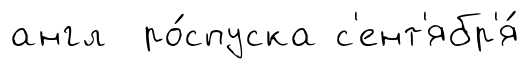
англ ро́спуска с'ент'ябр'я́